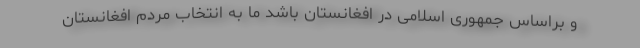
و براساس جمهوری اسلامی در افغانستان باشد ما به انتخاب مردم افغانستان